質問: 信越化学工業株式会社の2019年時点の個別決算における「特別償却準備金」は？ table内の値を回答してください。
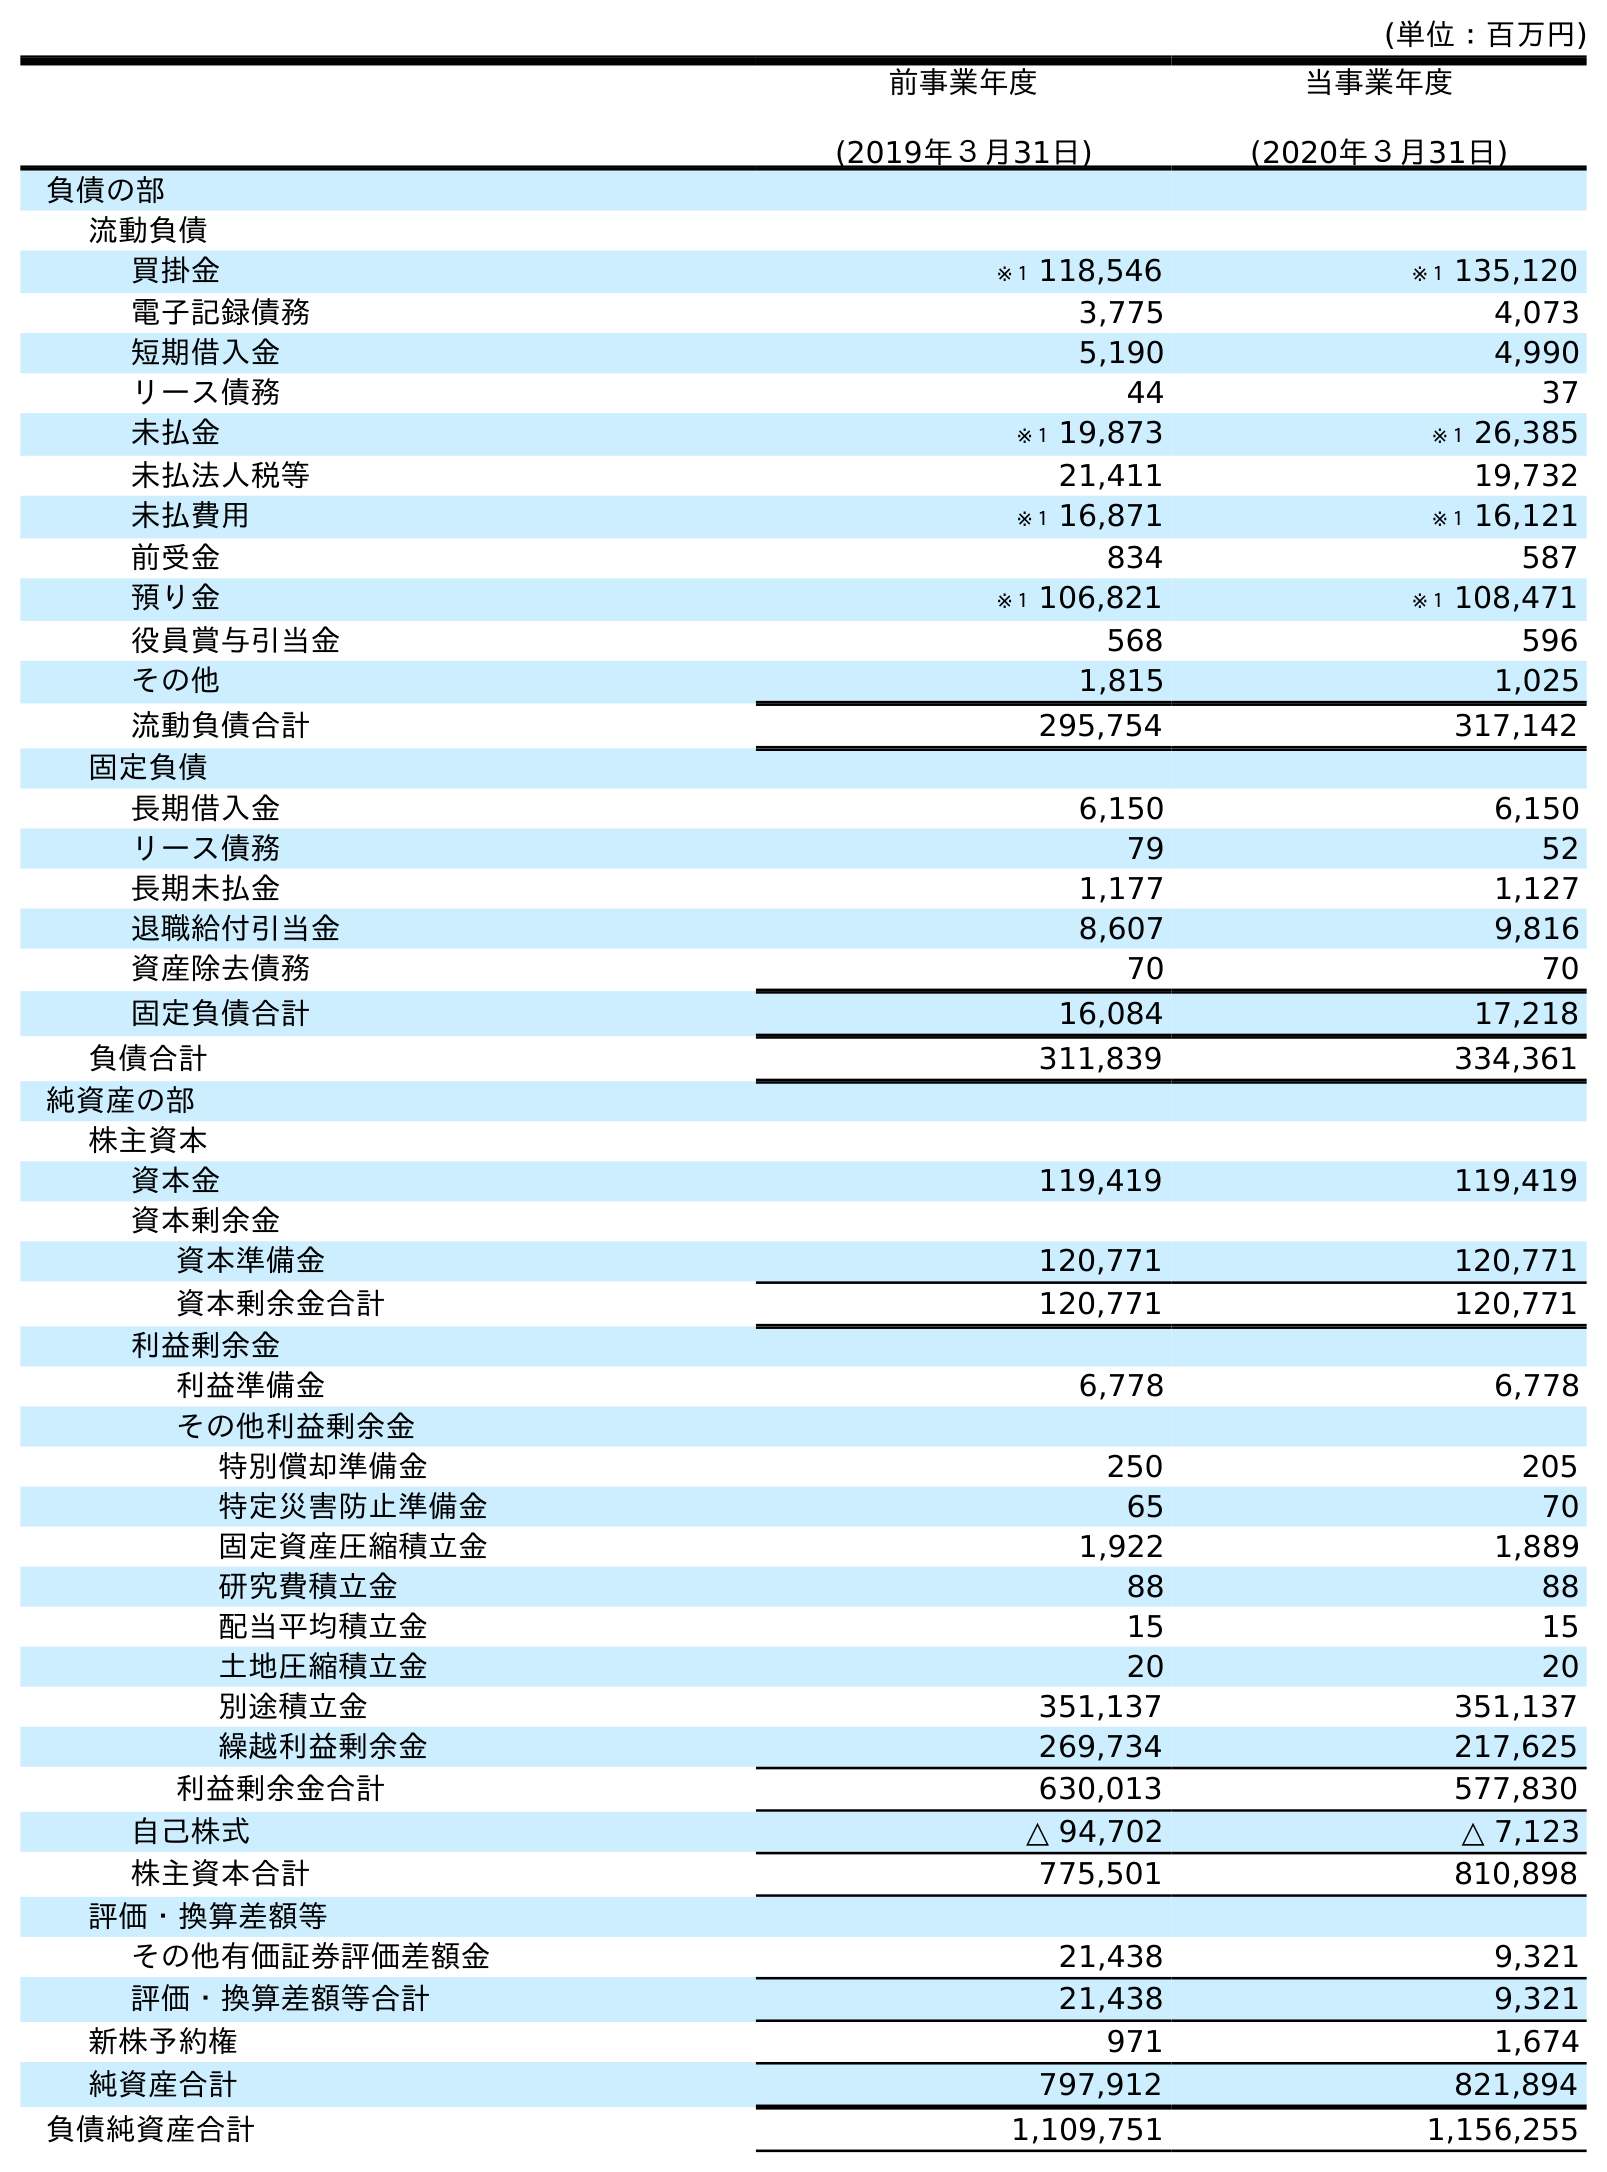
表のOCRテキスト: (単位：百万円) 前事業年度 (2019年３月31日) 当事業年度 (2020年３月31日) 負債の部 流動負債 買掛金 ※１ 118,546 ※１ 135,120 電子記録債務 3,775 4,073 短期借入金 5,190 4,990 リース債務 44 37 未払金 ※１ 19,873 ※１ 26,385 未払法人税等 21,411 19,732 未払費用 ※１ 16,871 ※１ 16,121 前受金 834 587 預り金 ※１ 106,821 ※１ 108,471 役員賞与引当金 568 596 その他 1,815 1,025 流動負債合計 295,754 317,142 固定負債 長期借入金 6,150 6,150 リース債務 79 52 長期未払金 1,177 1,127 退職給付引当金 8,607 9,816 資産除去債務 70 70 固定負債合計 16,084 17,218 負債合計 311,839 334,361 純資産の部 株主資本 資本金 119,419 119,419 資本剰余金 資本準備金 120,771 120,771 資本剰余金合計 120,771 120,771 利益剰余金 利益準備金 6,778 6,778 その他利益剰余金 特別償却準備金 250 205 特定災害防止準備金 65 70 固定資産圧縮積立金 1,922 1,889 研究費積立金 88 88 配当平均積立金 15 15 土地圧縮積立金 20 20 別途積立金 351,137 351,137 繰越利益剰余金 269,734 217,625 利益剰余金合計 630,013 577,830 自己株式 △ 94,702 △ 7,123 株主資本合計 775,501 810,898 評価・換算差額等 その他有価証券評価差額金 21,438 9,321 評価・換算差額等合計 21,438 9,321 新株予約権 971 1,674 純資産合計 797,912 821,894 負債純資産合計 1,109,751 1,156,255
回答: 250